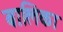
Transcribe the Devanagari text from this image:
बालिका